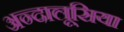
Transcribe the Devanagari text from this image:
अन्दालूसिया